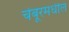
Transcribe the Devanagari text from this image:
चेंबूरमधील